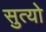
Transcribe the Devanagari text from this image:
सुत्यो